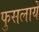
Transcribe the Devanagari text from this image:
फुसलाये